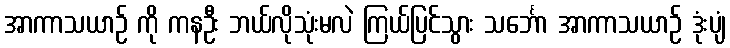
အာကာသယာဉ် ကို ကနဦး ဘယ်လိုသုံးမလဲ ကြယ်ပြင်သွား သင်္ဘော အာကာသယာဉ် ဒုံးပျံ